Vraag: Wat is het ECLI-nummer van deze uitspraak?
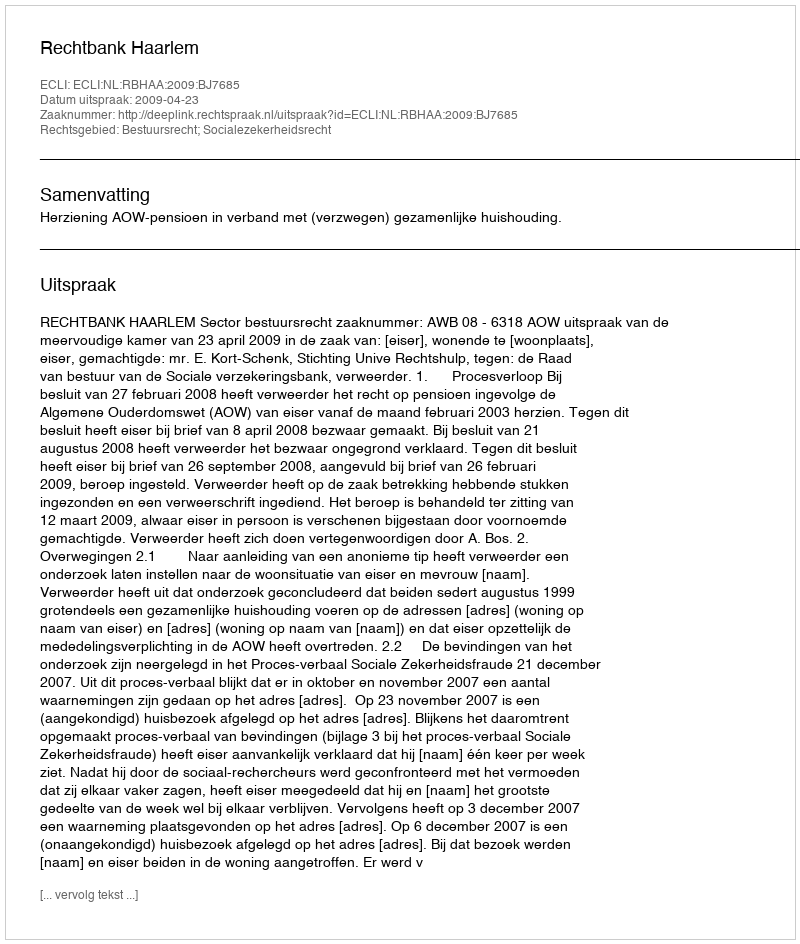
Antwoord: ECLI:NL:RBHAA:2009:BJ7685